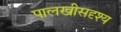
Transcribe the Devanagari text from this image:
पालखीसदृश्य